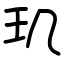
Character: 玑